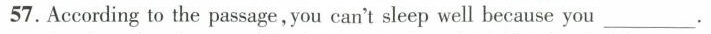
57.According to the passage ,you can't sleep well because you___